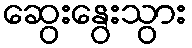
ဆွေးနွေးသွား